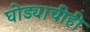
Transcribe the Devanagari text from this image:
घोड्याचीही